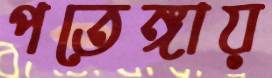
পতেঙ্গায়